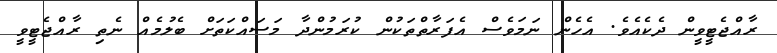
ރާއްޖެޓީވީން ދެކެއެވެ. އެހެން ނަމަވެސް އެފަރާތްތަކުން ކުރަމުންދާ މަސައްކަތަށް ބެލުމެއް ނެތި ރާއްޖެޓީވީ